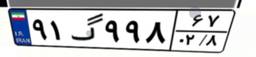
۹۱گ۹۹۸۶۷